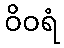
ဝိဝရံ